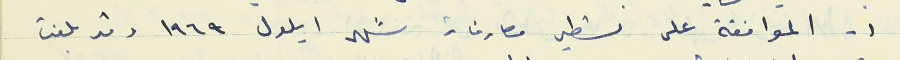
١- الموافقة على تسطير مصارفات شهر ايلول ١٩٦٩ وقد بلغت